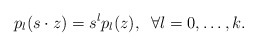
\begin{align*} p_l(s\cdot z)=s^l p_l(z), \;\; \forall l=0, \dots, k.\end{align*}